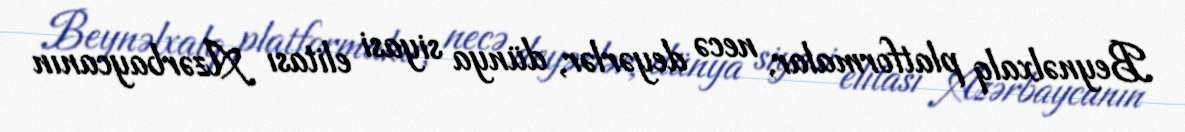
Beynəlxalq platformalar, necə deyərlər, dünya siyasi elitası Azərbaycanın